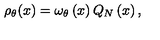
\rho _ { \theta } ( x ) = \omega _ { \theta } \left( x \right) Q _ { N } \left( x \right) ,